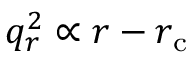
q _ { r } ^ { 2 } \propto r - r _ { \mathrm { c } }